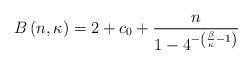
LaTeX: \begin{align*}B\left(n,\kappa\right) = 2 + c_0 +\frac{n}{1 - 4^{-\left(\frac{\beta}{\kappa}-1\right)}}\end{align*}